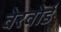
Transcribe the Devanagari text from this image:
वेरवोर्ड